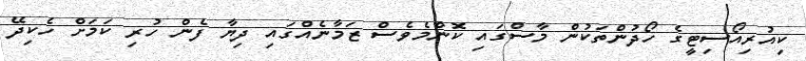
ކިއުރިއޯސިޓީގެ ހޯދުންތަކުން މާސްގައި ކޮންމެވެސް ޒަމާނެއްގައި ދިޔާ ފެން ހުރި ކަމަށް ހެކިދޭ